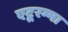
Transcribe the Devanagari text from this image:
एटूरम्मा